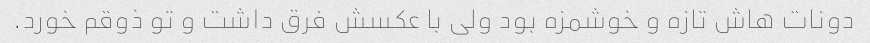
دونات هاش تازه و خوشمزه بود ولی با عکسش فرق داشت و تو ذوقم خورد.